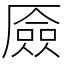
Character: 厱